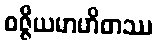
ဝဇ္ဇိယမာဟိတဿ